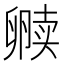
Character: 𫧿